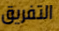
التفريق